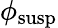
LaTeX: \phi_{\mathrm{susp}}